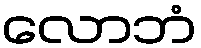
လောဘံ